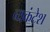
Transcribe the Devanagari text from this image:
व्यकंटेश